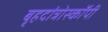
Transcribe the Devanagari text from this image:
बृहदांत्रोस्कॉपी